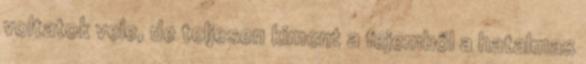
voltatok vele, de teljesen kiment a fejemből a hatalmas